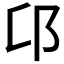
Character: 𨙪